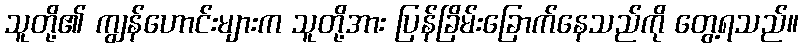
သူတို့၏ ကျွန်ဟောင်းများက သူတို့အား ပြန်ခြိမ်းခြောက်နေသည်ကို တွေ့ရသည်။